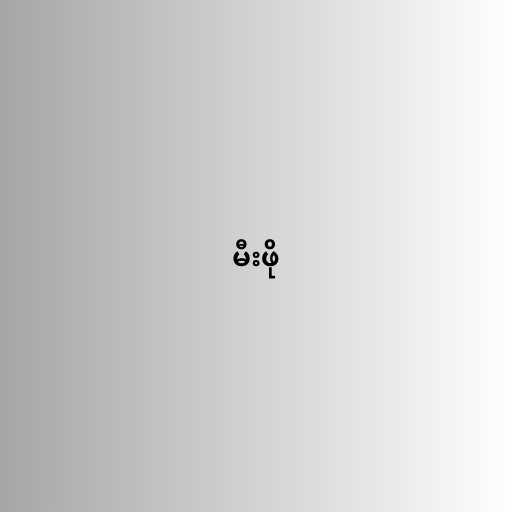
မီးဖို